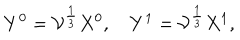
LaTeX: Y ^ { 0 } = { \cal V } ^ { \frac { 1 } { 3 } } X ^ { 0 } , \quad Y ^ { 1 } = { \cal V } ^ { \frac { 1 } { 3 } } X ^ { 1 } ,